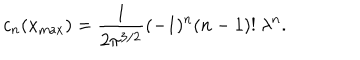
c _ { n } ( x _ { \mathrm { m a x } } ) = { \frac { 1 } { 2 \pi ^ { 3 / 2 } } } ( - 1 ) ^ { n } ( n - 1 ) ! \ \lambda ^ { n } .